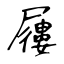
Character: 屨